Account of plague administration in the Bombay Presidency from September 1896 till May 1897
Year: 1896
Disease focus: Plague
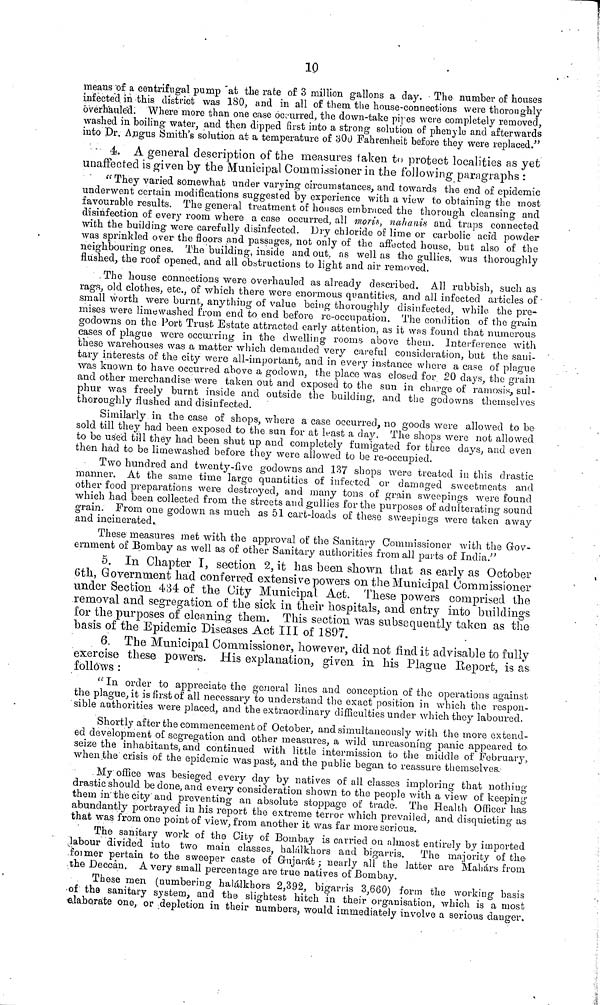
19
means of a centrifugal pump at the rate of 3 million gallons a day. The number of houses
infected in this district was ISO, and in all of them the house-connections were thoroughly
overhauled: Where more than one case occurred, the down-take pipes were completely removed,
washed in boiling water, and then dipped first into a strong solution of phenyle and afterwards
into Dr. Angus Smith's solution at a temperature of 300 Fahrenheit before they were replaced."
4. A general description of the measures taken to protect localities as yet
unaffected is given by the Municipal Commissioner in the following paragraphs :
" They varied somewhat under varying circumatances, and towards the end of epidemie
underwent certain modifications suggested by experience with a view to obtaining the most
favourable results. The general treatment of houses embraced the thorough cleansing and
disinfection of every room where a case occurred, all moris, nahanis and traps connected
with the building were carefully disinfected. Dry chloride of lime or carbolic acid powder
was sprinkled over the floors and passages, not only of the affected house, but also of the
neighbouring ones. The building, inside and out, as well as the gullies, was thoroughly
flushed, the roof opened, and all obstructions to light and air removed.
. The house connections were overhauled as already described. All rubbish, such as
rags, old clothes, etc., of which there were enormous quantities, and all infected articles of
small worth were burnt, anything of value being thoroughly disinfected, while the pre-
mises were limewashed from end to end before re-occupation. The condition of the grain
godowns on the Port Trust Estate attracted early attention, as it was found that numerous
cases of plague were occurring in the dwelling rooms above them. Interference with
these warehouses was a matter which demanded very careful consideration, but the sani-
tary interests of the city were all-important, and in every instance where a case of plague
was known to have occurred above a godown, the place was closed for 20 days, the grain
and other merchandise were taken out and exposed to the sun in charge of ramosis, sul-
phur was freely burnt inside and outside the building, and the godowns themselves
thoroughly flushed and disinfected.
Similarly in the case of shops, where a case occurred, no goods were allowed to be
sold till they had been exposed to the sun for at least a day. The shops were not allowed
to be used till they had been shut up and completely fumigated for three days, and even
then had to be limewashed before they were allowed to be re-occupied.
Two hundred and tw.enty-five godowns and 137 shops were treated in this drastic
manner. At the same time large quantities of infected or damaged sweetmeats and
other food preparations were destroyed, and many tons of grain sweepings were found
which had been collected from the streets and gullies for the purposes of adulterating sound
grain. From one godown as much as 51 cart-loads of these sweepings were taken away
and incinerated.
These measures met with the approval of the Sanitary Commissioner with the Gov-
ernment of Bombay as well as of other Sanitary authorities from all parts of India."
5. In Chapter I, section 2, it has been, shown, that as early as October
6th, Government had conferred extensive powers on the Municipal Commissioner
under Section 434 of the City Municipal Act. These powers comprised the
removal and segregation of the sick in their hospitals, and entry into buildings
for the purposes of cleaning them. This section was subsequently taken as the
basis of the Epidemic Diseases Act III of 1897.
6. The Municipal Commissioner, however, did not find it advisable to fully
exercise these powers. His explanation, given in his Plague Report, is as
follows :
" In order to appreciate the general lines and conception of the operations against
the plague, it is first of all necessary to understand the exact position in which the respon-
sible authorities were placed, and the extraordinary difficulties under which they laboured.
Shortly after the commencement of October, and simultaneously with the more extend-
ed development of segregation and other measures, a wild unreasoning panic appeared to.
seize the inhabitants, and continued with little intermission to the middle of February,
when the crisis of the epidemic was past, and the public began to reassure themselves.
My office was besieged every day by natives of all classes imploring that nothing
drastic should be done, and every consideration shown to the people with a view of keeping
them in the city and preventing an absolute stoppage of trade. The Health Officer has
abundantly portrayed in his report the extreme terror which prevailed, and disquieting as
that was from one point of view, from another it was far more serious.
The sanitary work of the City of Bombay is carried ou almost entirely by imported
labour divided into two main classes, halálkhors and bigarris. The majority of the-
former pertain to the sweeper caste of Gujarát ; nearly all the latter are Mahárs from
the Deccan. A very small percentage are true natives of Bombay.
These men (numbering halálkhors 2,392, bigarris 3,660) form the working basis
of the sanitary system, and the slightest hitch in their organisation, which is a most
elaborate one, or depletion in their numbers, would immediately involve a serious danger.